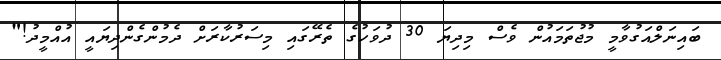
ބައިނަލްއަގުވާމީ މުޖުތަމައުން ވެސް މިދިޔަ 30 ދުވަހުގެ ތެރޭގައި މިސަރުކާރަށް ދެމުންގެންދިޔައީ އުއްމީދު!"